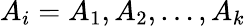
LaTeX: A_{i}=A_{1},A_{2},\ldots,A_{k}